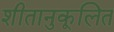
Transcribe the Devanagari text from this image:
शीतानुकूलित